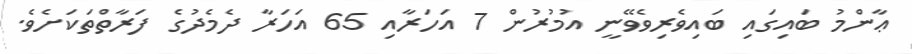
ޢާންމު ބައިގައި ބައިވެރިވެވޭނީ އުމުރުން 7 އަހަރާއި 65 އަހަރާ ދެމެދުގެ ފަރާތްތަކަށެވެ.